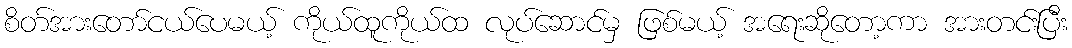
စိတ်အားတော်ငယ်ပေမယ့် ကိုယ်ထူကိုယ်ထ လုပ်ဆောင်မှ ဖြစ်မယ့် အရေးဆိုတော့ကာ အားတင်းပြီး